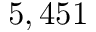
5 , 4 5 1